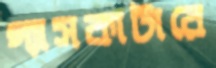
গ্যাসকাটারে